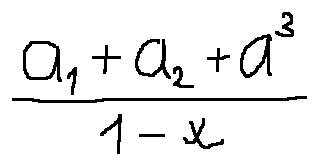
\frac { a _ { 1 } + a _ { 2 } + a ^ { 3 } } { 1 - x }